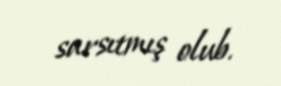
sarsıtmış olub.